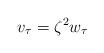
LaTeX: \begin{align*}v_\tau =\zeta^2 w_{\tau}\end{align*}